Vaccination in the Punjab 1883-1896 - 1883-1896
Year: 1883
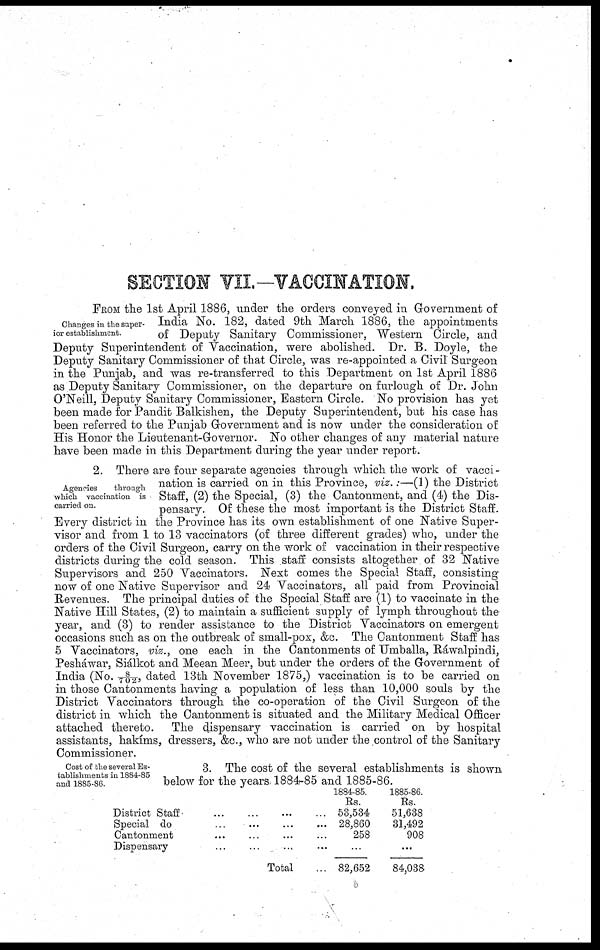
SECTION VII.—VACCINATION.
Changes in the super-
ior establishment.
FROM the 1st April 1886, under the orders conveyed in Government of
India No. 182, dated 9th March 1886, the appointments
of Deputy Sanitary Commissioner, Western Circle, and
Deputy Superintendent of Vaccination, were abolished. Dr. B. Doyle, the
Deputy Sanitary Commissioner of that Circle, was re-appointed a Civil Surgeon
in the Punjab, and was re-transferred to this Department on 1st April 1886
as Deputy Sanitary Commissioner, on the departure on furlough of Dr. John
O'Neill, Deputy Sanitary Commissioner, Eastern Circle. No provision has yet
been made for Pandit Balkishen, the Deputy Superintendent, but his case has
been referred to the Punjab Government and is now under the consideration of
His Honor the Lieutenant-Governor. No other changes of any material nature
have been made in this Department during the year under report.
Agencies
through
which vaccination is
carried on.
2. There are four separate agencies through which the work of vacci-
nation is carried on in this Province, viz.:—(1) the District
Staff, (2) the Special, (3) the Cantonment, and (4) the Dis-
pensary. Of these the most important is the District Staff.
Every district in the Province has its own establishment of one Native Super-
visor and from 1 to 13 vaccinators (of three different grades) who, under the
orders of the Civil Surgeon, carry on the work of vaccination in their respective
districts during the cold season. This staff consists altogether of 32 Native
Supervisors and 250 Vaccinators. Next comes the Special Staff, consisting
now of one Native Supervisor and 24 Vaccinators, all paid from Provincial
Revenues. The principal duties of the Special Staff are (1) to vaccinate in the
Native Hill States, (2) to maintain a sufficient supply of lymph throughout the
year, and (3) to render assistance to the District Vaccinators on emergent
occasions such as on the outbreak of small-pox, &c. The Cantonment Staff has
5 Vaccinators, viz., one each in the Cantonments of Umballa, Ráwalpindi,
Pesháwar, Siálkot and Meean Meer, but under the orders of the Government of
India (No. 8/702, dated 13th November 1875,) vaccination is to be carried on
in those Cantonments having a population of less than 10,000 souls by the
District Vaccinators through the co-operation of the Civil Surgeon of the
district in which the Cantonment is situated and the Military Medical Officer
attached thereto. The dispensary vaccination is carried on by hospital
assistants, hakíms, dressers, &c., who are not under the control of the Sanitary
Commissioner.
Cost of the several Es-
tablishments in 1884-85
and 1885-86.
3. The cost of the several establishments is shown
below for the years. 1884-85 and 1885-86.
District Staff
...
...
...
...
Special do ... ... ... ...
Cantonment ... ... ... ...
Dispensary ... ... ... ...
Total ...
1884-85.
Rs.
53,534
28,860
258
82,652
1885-86.
Rs.
51,638
31,492
908
84,038